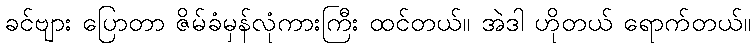
ခင်ဗျား ပြောတာ ဇိမ်ခံမှန်လုံကားကြီး ထင်တယ်။ အဲဒါ ဟိုတယ် ရောက်တယ်။